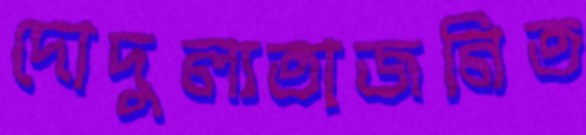
দোদুল্যতাজনিত